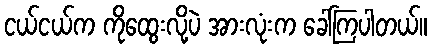
ငယ်ငယ်က ကိုထွေးလို့ပဲ အားလုံးက ခေါ်ကြပါတယ်။